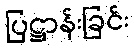
ပြဋ္ဌာန်းခြင်း